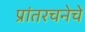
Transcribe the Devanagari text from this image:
प्रांतरचनेचे